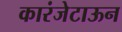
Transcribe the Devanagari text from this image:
कारंजेटाऊन